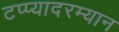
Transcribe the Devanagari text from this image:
टप्प्यादरम्यान